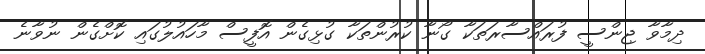
ދިމާވާ ޖިންސީ ފުރައްސާރަތަކާ ގޯނާ ކުރުންތަކާ ގުޅިގެން އޮފީސް މާހައުލުގައި ކޮށްގެން ނުވާނެ